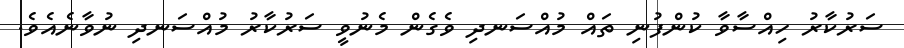
ސަރުކާރު ހިއްސާވާ ކުންފުނި ތައް މުއްސަނދި ވެގެން މެނުވީ ސަރުކާރު މުއްސަނދި ނުވާނެއެވެ.